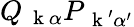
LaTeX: Q_{\mathrm{~\mathbf~k~}\alpha}P_{\mathrm{~\mathbf~k~}^{\prime}\alpha^{\prime}}